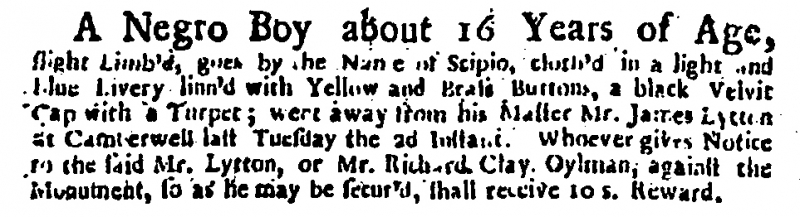
Daily Courant, 5 September 1718 (England)
A Negro Boy about 16 Years of Age, slight Limb’d, goes by the Name of Scipio, cloth’d in a light and blue Livery linn’d with Yellow and Brass Buttons, a black Velvit Cap with a Turpet; went away from his Master Mr. James Lytton at Camberwell last Tuesday the 2d Instant. Whoever gives Notice to the said Mr. Lytton, or Mr. Richard Clay, Oylman, against the Monument, so as he may be secur’d, shall receive 10 s. Reward.